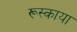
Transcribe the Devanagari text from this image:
रूस्काया